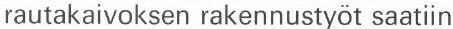
rautakaivoksen rakennustyöt saatiin